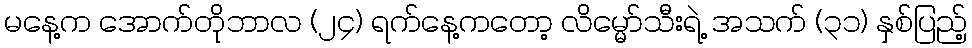
မနေ့က အောက်တိုဘာလ (၂၄) ရက်နေ့ကတော့ လိမ္မော်သီးရဲ့ အသက် (၃၁) နှစ်ပြည့်